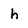
Character: h